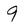
Character: 9